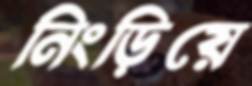
নিংড়িয়ে